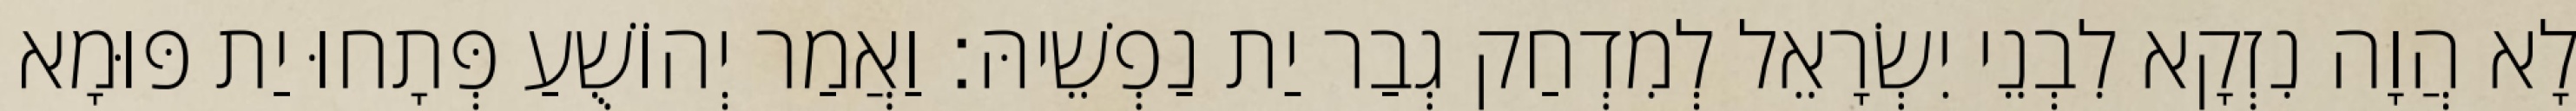
לָא הֲוָה נִזְקָא לִבְנֵי יִשְׂרָאֵל לְמִדְחַק גְבַר יַת נַפְשֵׁיהּ׃ וַאֲמַר יְהוֹשֻׁעַ פְּתָחוּ יַת פּוּמָא